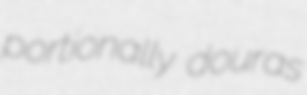
portionally douras